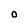
Character: O